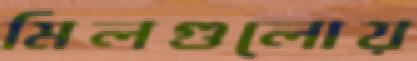
মিলগুলোয়